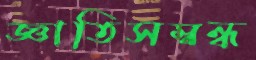
জ্ঞাতিসম্বন্ধ